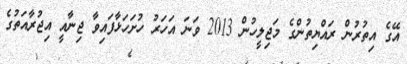
އޭގެ އިތުރުން ރައްޔިތުންގެ މަޖިލީހުން 2013 ވަނަ އަހަރު ހުށަހަޅާފައިވާ ޖިނާއީ އިޖުރާއަތުގެ